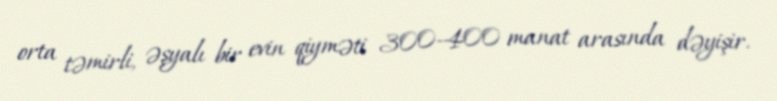
orta təmirli, əşyalı bir evin qiyməti 300-400 manat arasında dəyişir.